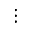
\vdots